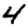
Digit: 4